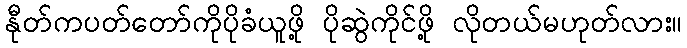
နီုတ်ကပတ်တော်ကိုပိုခံယူဖို့ ပိုဆွဲကိုင်ဖို့ လိုတယ်မဟုတ်လား။